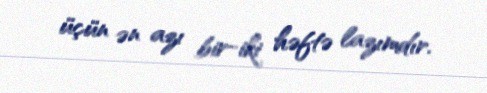
üçün ən azı bir-iki həftə lazımdır.